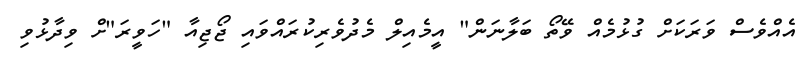
އެއްވެސް ވަރަކަށް ގުޅުމެއް ވޭތޯ ބަލާނަން" އީމެއިލް މެެދުވެރިކުރައްވައި ޖޯޖިއާ "ހަވީރަ"ށް ވިދާޅުވި